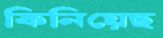
কিনিয়েছ